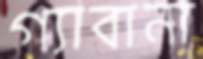
গ্যাবানা